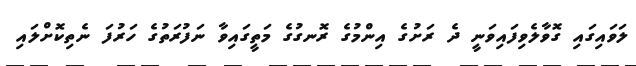
ލަވައިގައި ގޮވާލެވިފައިވަނީ ދެ ރަށުގެ އިންމުގެ ރޮނގުގެ މަތީގައިވާ ނަފުރަތުގެ ހަރުފަ ނެތިކޮށްލައި